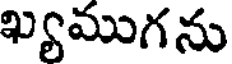
ఖ్యముగను